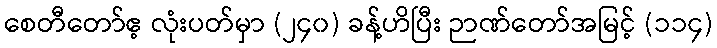
စေတီတော်ဧ့ လုံးပတ်မှာ (၂၄၀) ခန့်ဟိပြီး ဉာဏ်တော်အမြင့် (၁၁၄)